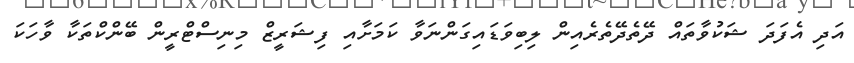
އަދި އެފަދަ ޝަކުވާތައް ދޭތެދޭތެރެއިން ލިބިވަޑައިގަންނަވާ ކަމަށާއި ފިޝަރީޒް މިނިސްޓްރީން ބޭންކްތަކާ ވާހަކަ